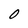
Character: 0